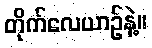
တိုက်လေယာဥ်နဲ့။